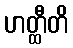
ဟတ္ထီတိ